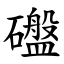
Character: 䃲